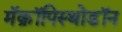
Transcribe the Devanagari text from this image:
मॅक्रॉपिस्थोडॉन